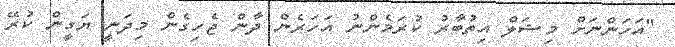
"އަހަންނަށް މިޝަލް އިތުބާރު ކުރަމެންނު އަހަރެން ދާން ޖެހިގެން މިދަނީ ޔަގީން ކުރޭ